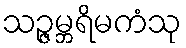
သဉ္ဇမ္ဘရိမကံသု